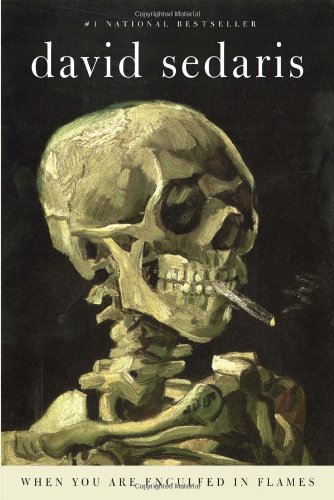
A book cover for When You Are Engulfed in Flames; David Sedaris; Humor & Entertainment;